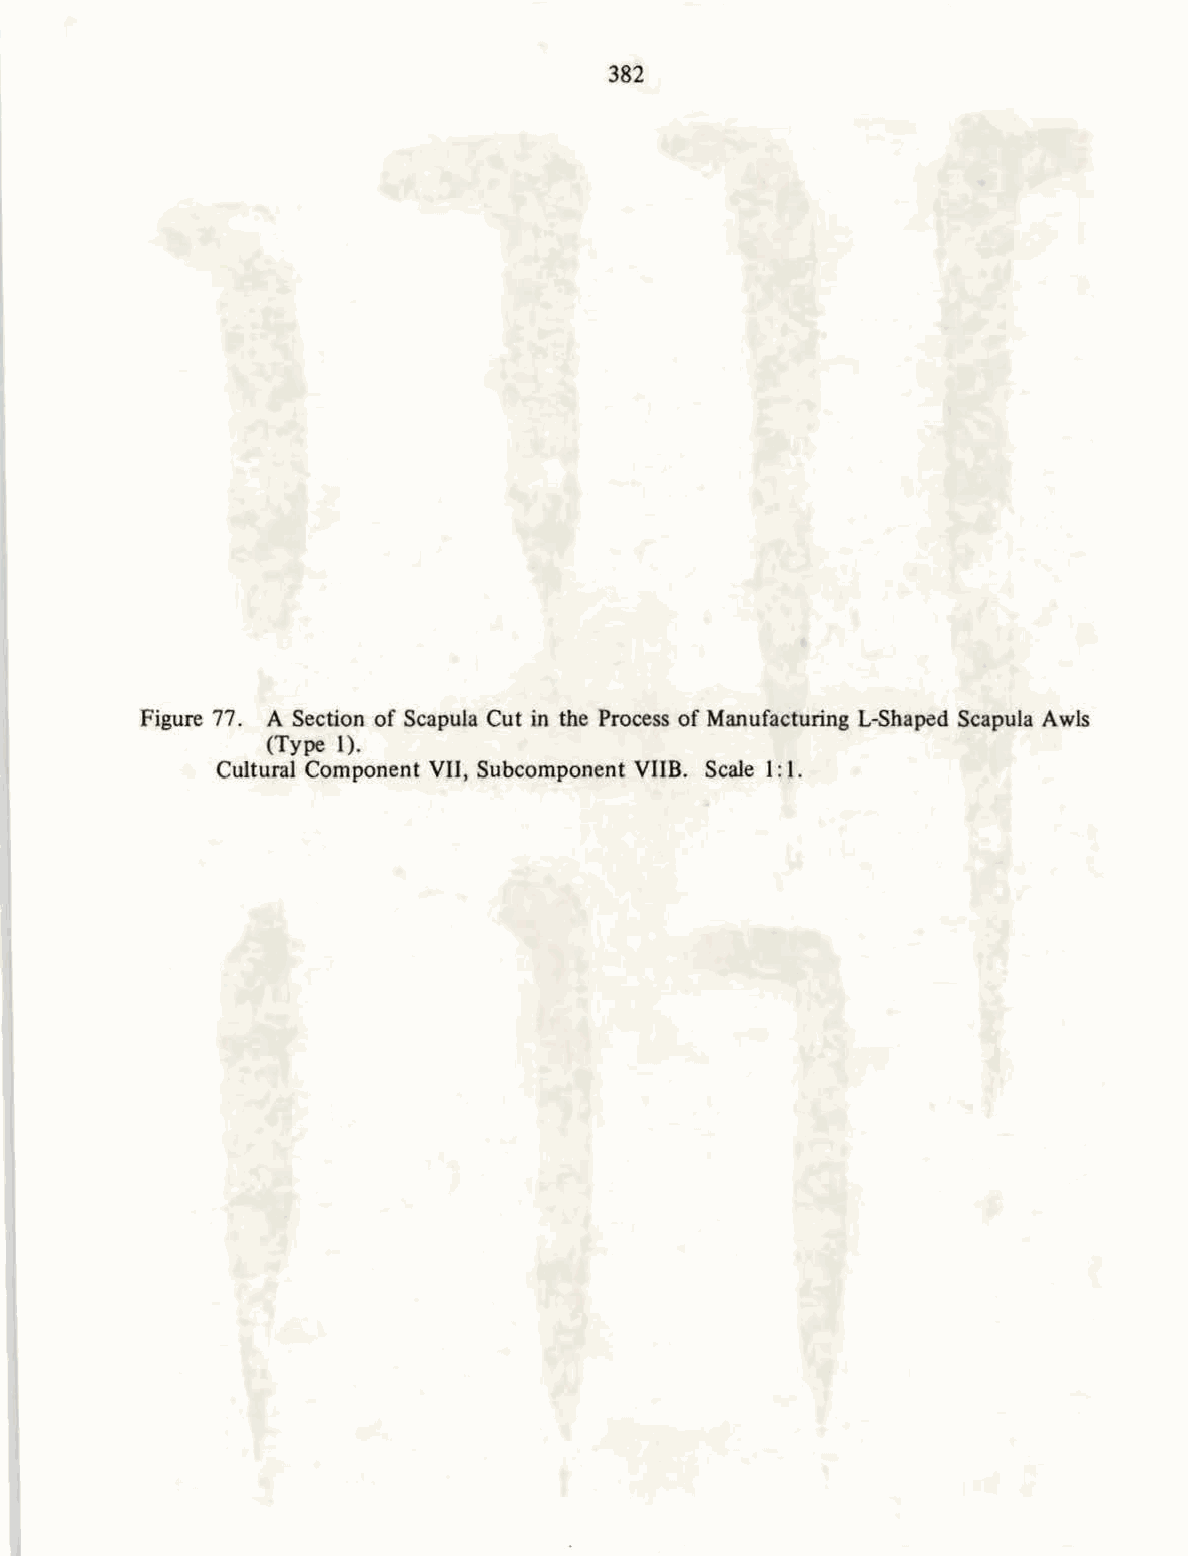
382
 Figure 77. A Section of Scapula Cut in the Process of Manufacturing L-Shaped Scapula Awls
 (Type 1).
 Cultural Component VII, Subcomponent VII B. Scale 1:1.